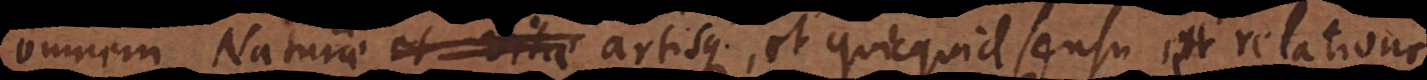
omnem Naturae et vitae artisque, et quicquid sensu et relatione